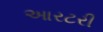
આરટરી